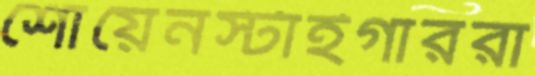
শোয়েনস্টাইগাররা